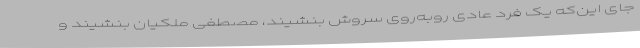
جای این‌که یک فرد عادی روبه‌روی سروش بنشیند، مصطفی ملکیان بنشیند و